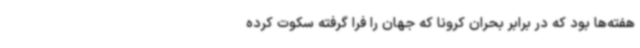
هفته‌ها بود که در برابر بحران کرونا که جهان را فرا گرفته سکوت کرده